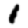
Digit: 1